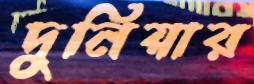
দুনিয়ার